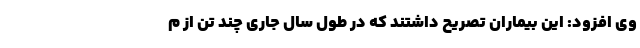
وی افزود: این بیماران تصریح داشتند که در طول سال جاری چند تن از م